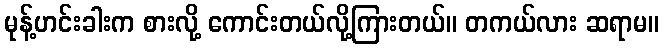
မုန့်ဟင်းခါးက စားလို့ ကောင်းတယ်လို့ကြားတယ်။ တကယ်လား ဆရာမ။